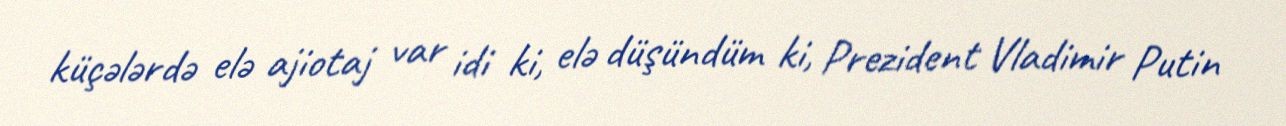
küçələrdə elə ajiotaj var idi ki, elə düşündüm ki, Prezident Vladimir Putin